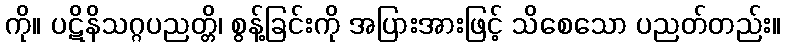
ကို။ ပဋိနိသဂ္ဂပညတ္တိ၊ စွန့်ခြင်းကို အပြားအားဖြင့် သိစေသော ပညတ်တည်း။